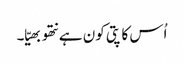
اُس کا پتی کون ہے نتھو بھیّا۔